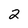
Character: 2